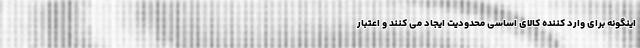
اینگونه برای وارد کننده کالای اساسی محدودیت ایجاد می کنند و اعتبار